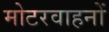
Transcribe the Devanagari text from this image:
मोटरवाहनों